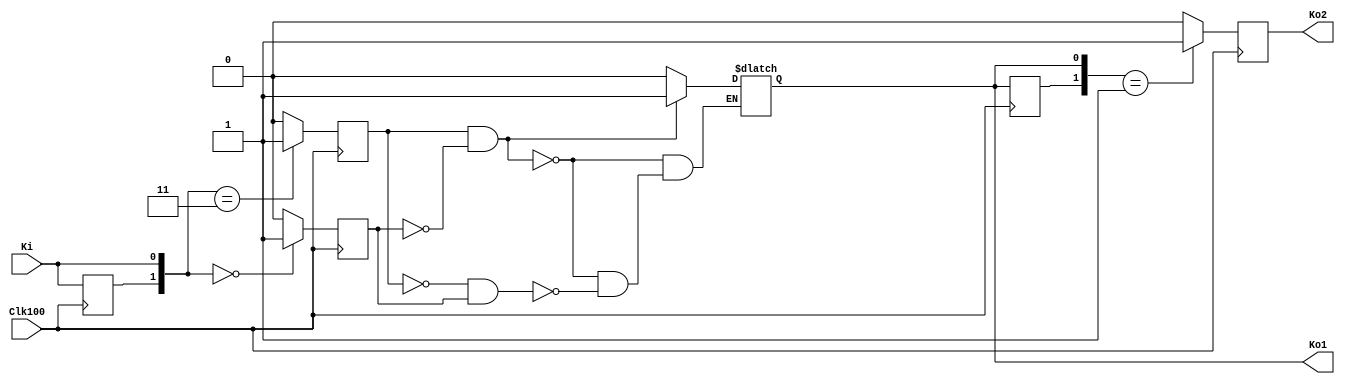
// Ch10 debounce2.v
// huq 2

module debounce2 (Clk100,Ki,Ko1,Ko2);
input  Clk100,Ki;	// @J
output Ko1,Ko2;		// @X
reg    Ko1,Ko2;		// is
reg    [1:0] Q1,Q2;	// is
reg    S,R;		// is

// LH
always@(posedge Clk100)	//  100 Hz
  begin
    Q1[1] = Q1[0];	// sG
    Q1[0] = Ki;
    if (Q1 == 2'b11)  S = 1;
    else              S = 0;
    if (Q1 == 2'b00)  R = 1;
    else              R = 0;
  end

// RS 
always@(R or S)
  if (S == 1 && R == 0)				
    Ko1 = 1;			
  else if (S == 0 && R == 1)				
    Ko1 = 0;

// Lo@gi
always@(posedge Clk100)
  begin
    Q2[1] = Q2[0];	// sG
    Q2[0] = Ko1;
    if (Q2 == 2'b01)  Ko2 = 1;
    else              Ko2 = 0;
  end

endmodule